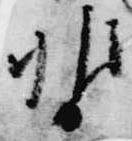
暫